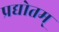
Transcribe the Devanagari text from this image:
प्रद्योतम्